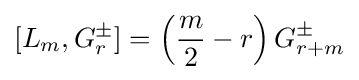
[L_{m},G_{r}^{\pm }]=\left({m \over 2}-r\right)G_{r+m}^{\pm }